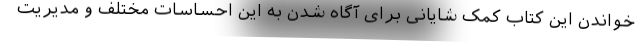
خواندن این کتاب کمک شایانی برای آگاه شدن به این احساسات مختلف و مدیریت